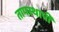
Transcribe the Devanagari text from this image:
तापस्थापी